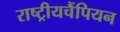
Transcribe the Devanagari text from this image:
राष्ट्रीयचैंपियन